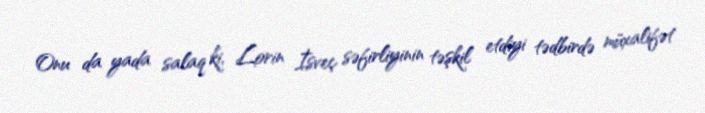
Onu da yada salaq ki, Lorin İsveç səfirliyinin təşkil etdiyi tədbirdə müxalifət